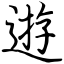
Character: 逰